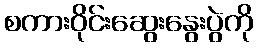
စကားဝိုင်းဆွေးနွေးပွဲကို